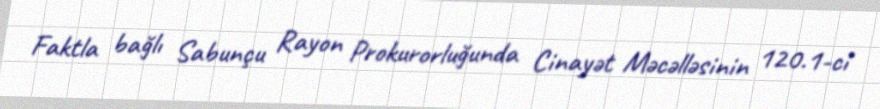
Faktla bağlı Sabunçu Rayon Prokurorluğunda Cinayət Məcəlləsinin 120.1-ci